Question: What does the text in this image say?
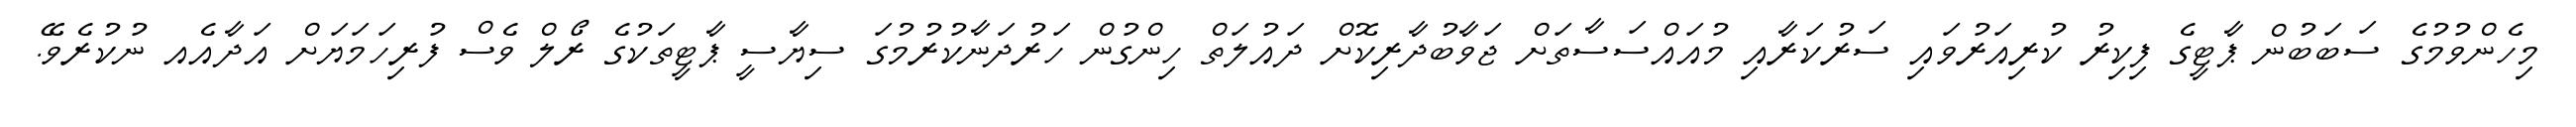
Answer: މިހެންވުމުގެ ސަބަބުން ޕާޓީގެ ފިކިރު ކުރިއަރުވައި ސަރުކަރާއި މުއައްސަސާތަށް ޖަވާބުދާރިކޮށް ދައުލަތް ހިންގުން ހަރުދަނާކުރުމުގަ ސިޔާސީ ޕާޓީތަކުގެ ރޯލް ވެސް ފުރިހަމަޔަށް އަދާއެއ ނުކުރެވޭ.